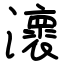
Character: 瀤